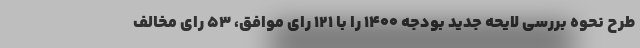
طرح نحوه بررسی لایحه جدید بودجه ۱۴۰۰ را با ۱۲۱ رای موافق، ۵۳ رای مخالف